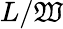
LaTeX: L/\mathfrak{W}